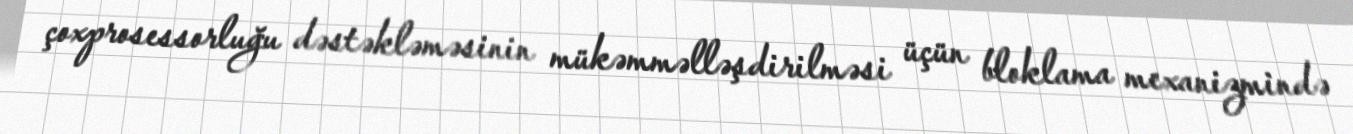
çoxprosessorluğu dəstəkləməsinin mükəmməlləşdirilməsi üçün bloklama mexanizmində